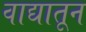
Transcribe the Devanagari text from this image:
वाद्यातून